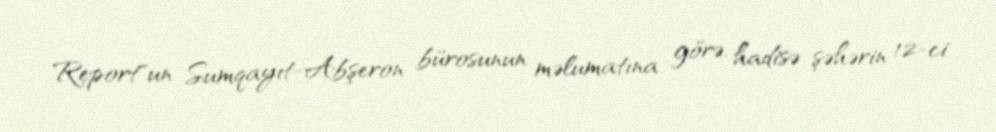
Report"un Sumqayıt-Abşeron bürosunun məlumatına görə, hadisə şəhərin 12-ci